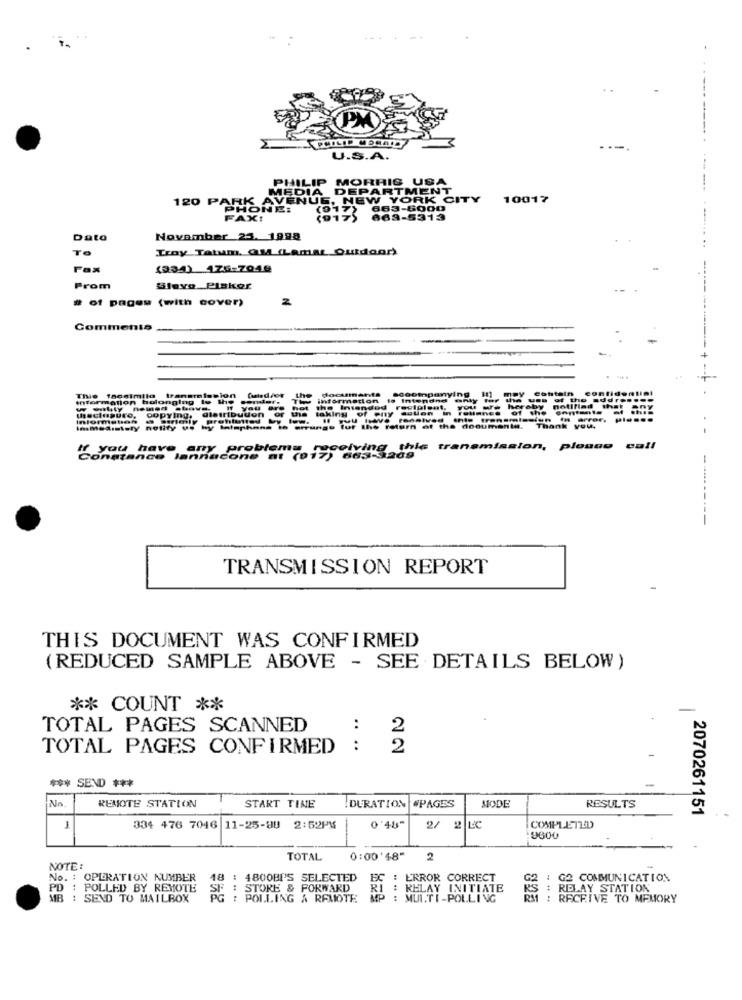
---.
U.S.A.
PHILIP MORRIS USA
MEDIA
DEPARTMENT
120 PARK A
NEW YORK CITY
10017
IONE:
663-5000
FAX!
(917)
663-5313
Data
November 25. 1998
TO
Troy Tatum. OM (Lamat Outdoor)
Fax
(334) 475-7040
Prom
Sleve Pisker
# of pages (with cover)
Comments
dockmante
6000mpanying
Contain confidential
Thie facsimila transmission
Information belonging to the sominf.
the
information
We Intendne only for
the use of the addressee
w willy nemed .have. If you are
theclosure,
copying, alettibudon or the taking of enty action in relishes of the contents
the Intended recipient, you
we hereby notified that any
Information
notify ve hy Ialaphans - errung"
tur the return of the doouments.
Thank you.
.-
any problems
this transmission, plonno
call
constance lannacone at (017) 663-
----------
TRANSMISSION REPORT
THIS DOCUMENT WAS CONFIRMED
(REDUCED SAMPLE ABOVE - SEE DETAILS BELOW )
** COUNT **
-
TOTAL PAGES SCANNED
:
2
TOTAL PAGES CONFIRMED
:
2
*** SEND ***
No
REMOTE STATION
#PAGES
MODE
START TIME
DURATION
RESULTS
2070261151
1
334 476 7046 11-25-90 2:52PM
0'48"
2/ 2 LC
COMPLETED
9600
TOTAL
0:00'48"
2
NOTE:
No. : OPERATION NUMBER
18 : 4800BPS SELECTED
EC : ERROR CORRECT
G2 COMMUNICATION
PD : POLLED BY REMOTE
E: STORE & FORWARD
RI : RELAY INITIATE
# RELAY STATION
MB : SEND TO MAILBOX
PG : POLLING & REMOTE
MP : MUI.TI-POLLING
RM1 : RECEIVE TO MEMORY